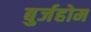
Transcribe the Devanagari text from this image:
बुर्जहोम